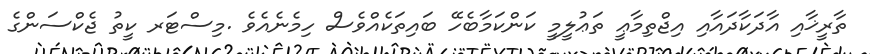
ތާރީޚާއި އާދަކާދައާއި އިޖްތިމާޢީ ތަޢުލީމީ ކަންކަމާބެހޭ ބައިތަކެއްވެސް ހިމެނެއެވެ .މިސްޓަރ ކީތު ޖެކްސަންގެ